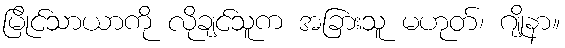
မြိုင်သာယာကို လိုချင်သူက အခြားသူ မဟုတ်၊ ဂျိုနာ။